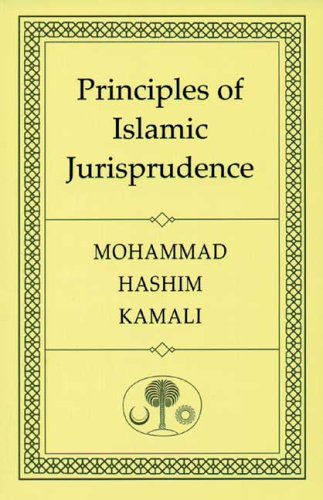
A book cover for Principles of Islamic Jurisprudence; Prof. Mohammad Hashim Kamali; Law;